65_HS1-834228961_62-HQ-83894_Serial_130
Agency: FBI
Page 96
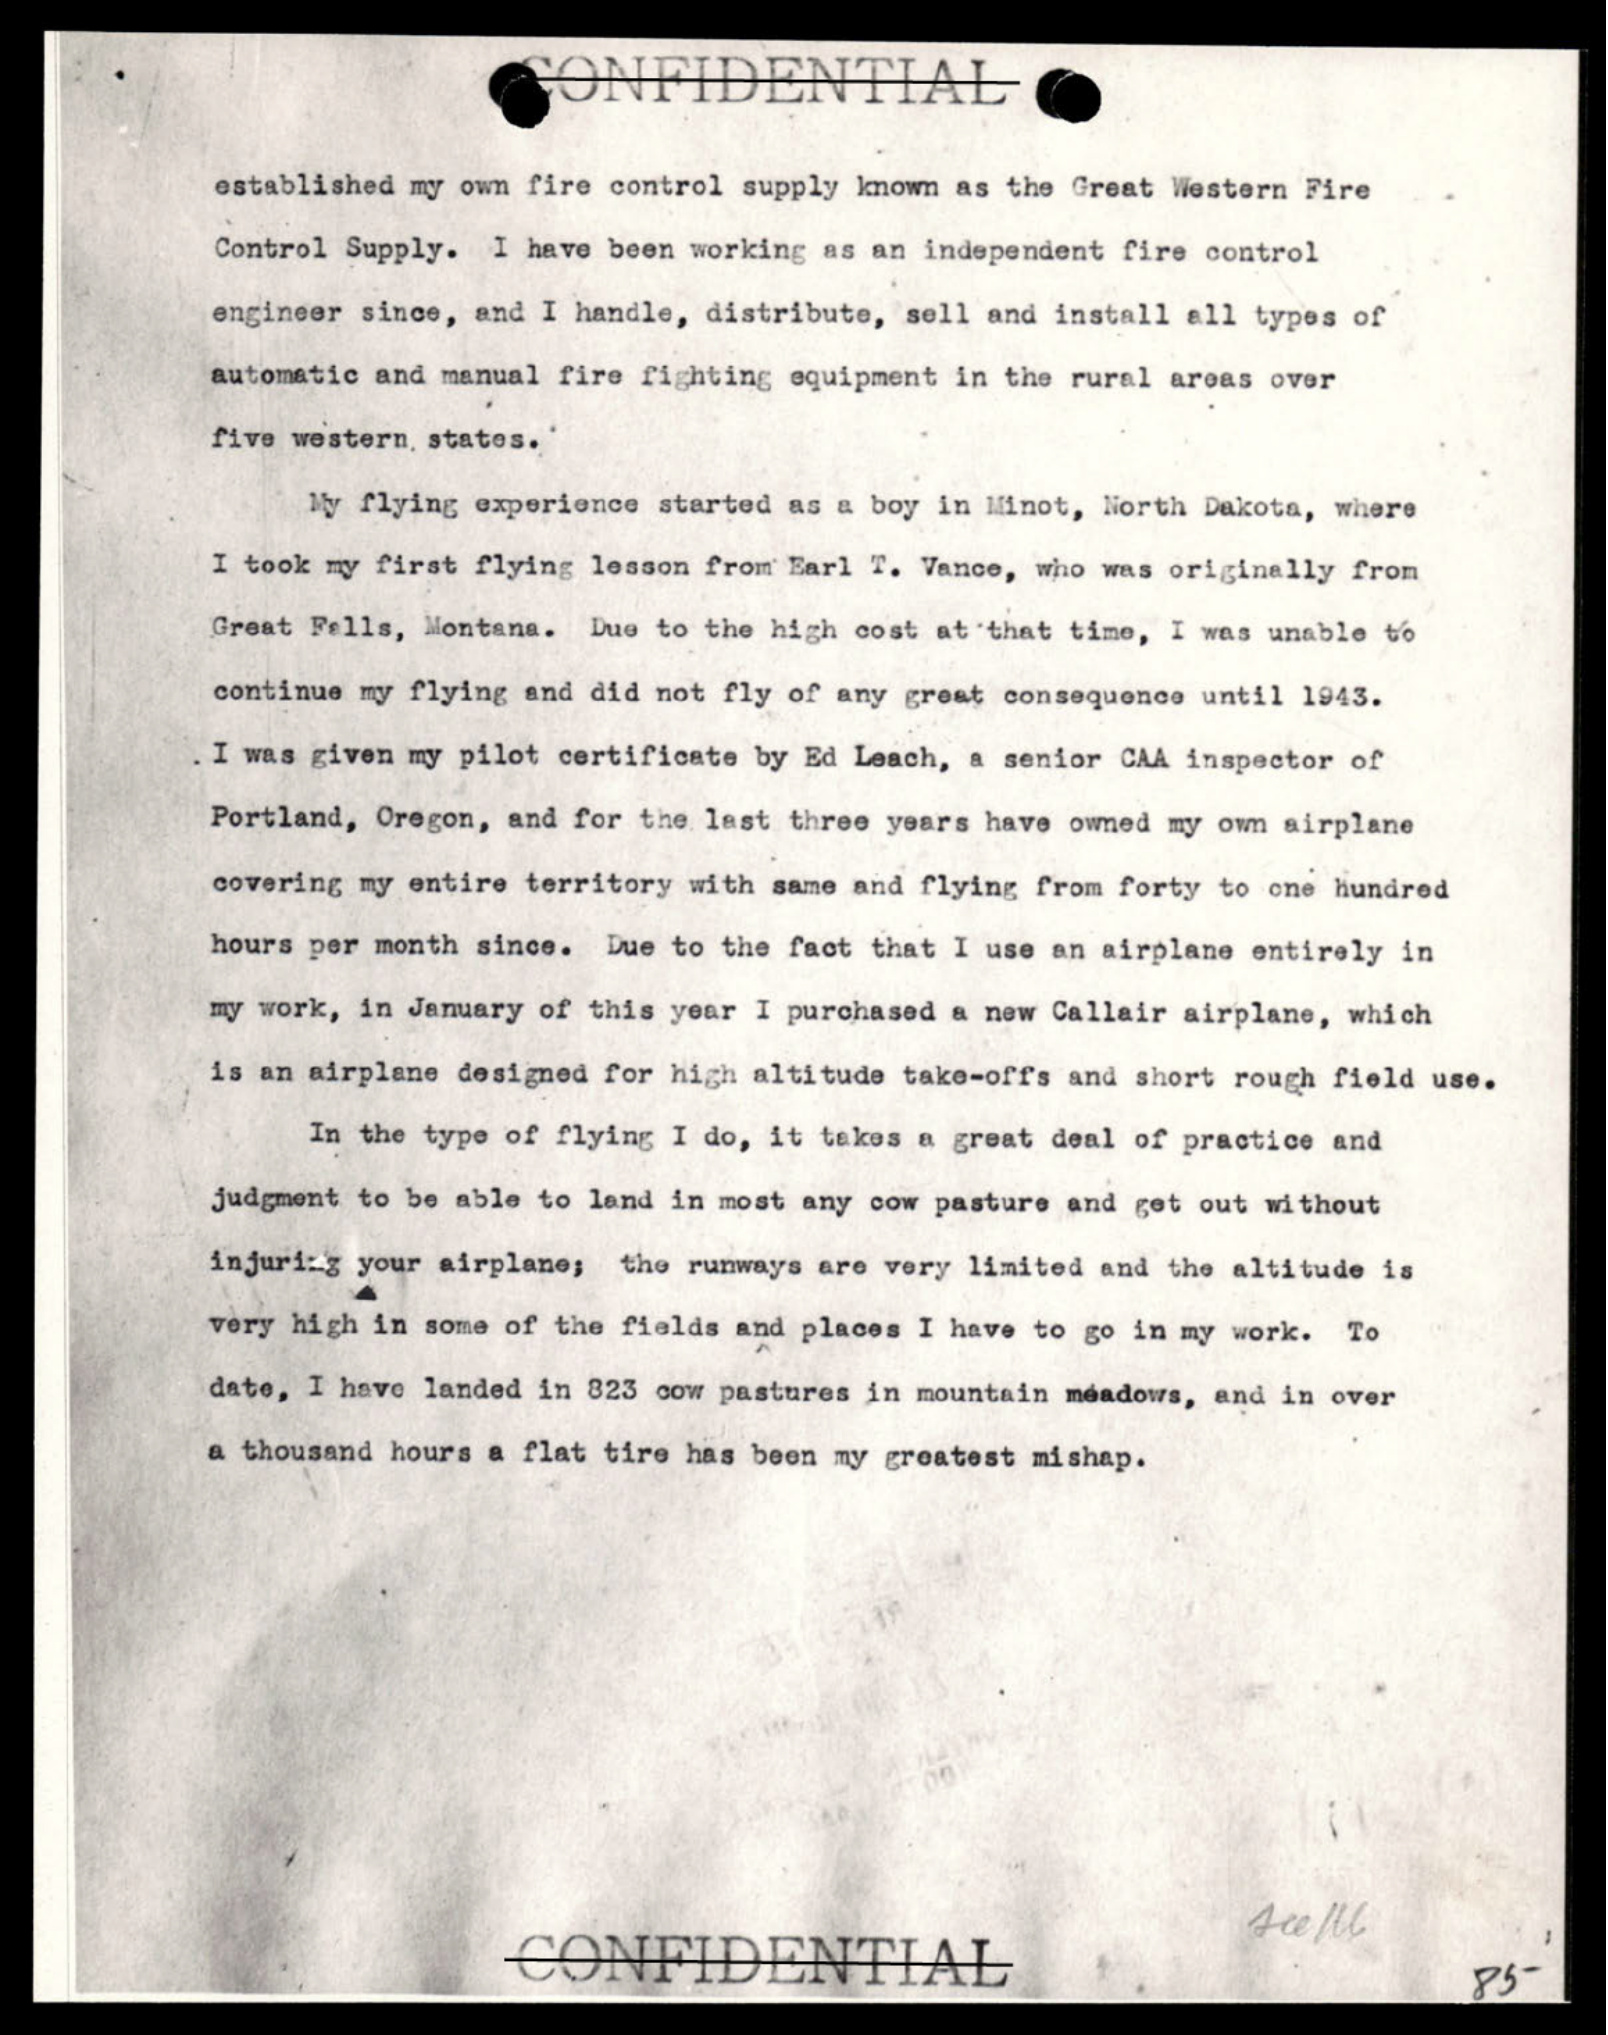